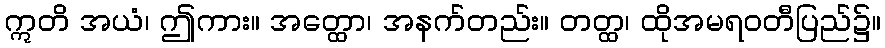
ဣတိ အယံ၊ ဤကား။ အတ္ထော၊ အနက်တည်း။ တတ္ထ၊ ထိုအမရဝတီပြည်၌။